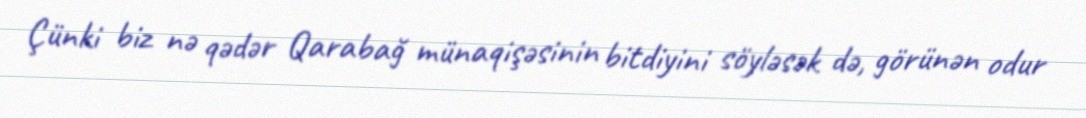
Çünki biz nə qədər Qarabağ münaqişəsinin bitdiyini söyləsək də, görünən odur